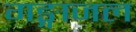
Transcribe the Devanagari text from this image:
गङ्गाजल